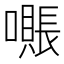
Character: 𫬖